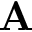
\bf { A }